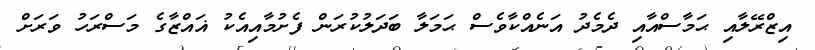
އިޒްރޭލާއި ޙަމާސްއާއި ދެމެދު އަނެއްކާވެސް ޙަމަލާ ބަދަލުކުރަން ފެށުމާއިއެކު ޣައްޒާގެ މަސްރަހު ވަރަށް